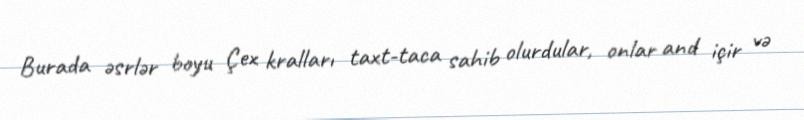
Burada əsrlər boyu Çex kralları taxt-taca sahib olurdular, onlar and içir və